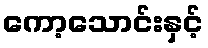
ကော့သောင်းနှင့်